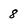
Character: 8